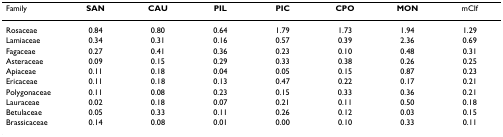
| Family | SAN | CAU | PIL | PIC | CPO | MON | mCIf |
 | --- | --- | --- | --- | --- | --- | --- | --- |
 | Rosaceae | 0.84 | 0.80 | 0.64 | 1.79 | 1.73 | 1.94 | 1.29 |
 | Lamiaceae | 0.34 | 0.31 | 0.16 | 0.57 | 0.39 | 2.36 | 0.69 |
 | Fagaceae | 0.27 | 0.41 | 0.36 | 0.23 | 0.10 | 0.48 | 0.31 |
 | Asteraceae | 0.09 | 0.15 | 0.29 | 0.33 | 0.38 | 0.26 | 0.25 |
 | Apiaceae | 0.11 | 0.18 | 0.04 | 0.05 | 0.15 | 0.87 | 0.23 |
 | Ericaceae | 0.11 | 0.18 | 0.13 | 0.47 | 0.22 | 0.17 | 0.21 |
 | Polygonaceae | 0.11 | 0.08 | 0.23 | 0.15 | 0.33 | 0.36 | 0.21 |
 | Lauraceae | 0.02 | 0.18 | 0.07 | 0.21 | 0.11 | 0.50 | 0.18 |
 | Betulaceae | 0.05 | 0.33 | 0.11 | 0.26 | 0.12 | 0.03 | 0.15 |
 | Brassicaceae | 0.14 | 0.08 | 0.01 | 0.00 | 0.10 | 0.33 | 0.11 |